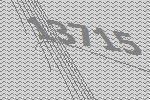
13715